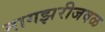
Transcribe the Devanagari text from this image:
नागझरीजवळ